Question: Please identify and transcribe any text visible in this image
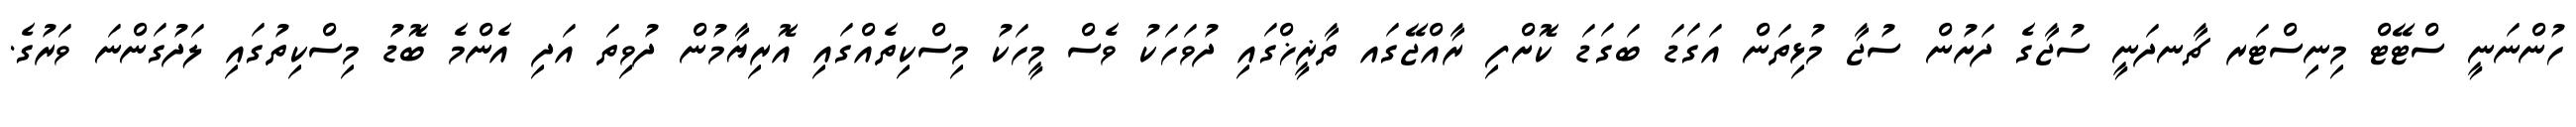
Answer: ހުންނަނީ ސްޓޭޓް މިނިސްޓަރ ޗާނދަނީ ސުޖާގެ ދަށުން ސުޖާ މުޅިތަން އަގަޑަ ބަގަޑަ ކޮށްފި ރާއްޖޭގައ ތާޜީޚްގައި ދުވަހަކު ވެސް މީހަކު މިސްކިތެއްގައި އޮރިޔާމުން ދުވިތަ އަދި އެންމެ ބޮޑު މިސްކިތުގައި ލަދުގަންނަ ވަރުގެ.